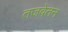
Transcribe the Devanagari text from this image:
तजवेतन